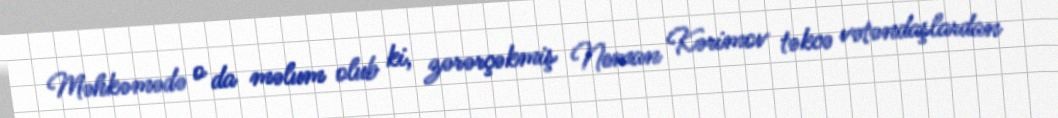
Məhkəmədə o da məlum olub ki, zərərçəkmiş Neman Kərimov təkcə vətəndaşlardan